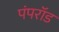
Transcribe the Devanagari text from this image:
पंपरॉड